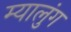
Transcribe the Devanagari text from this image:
म्यालुंग